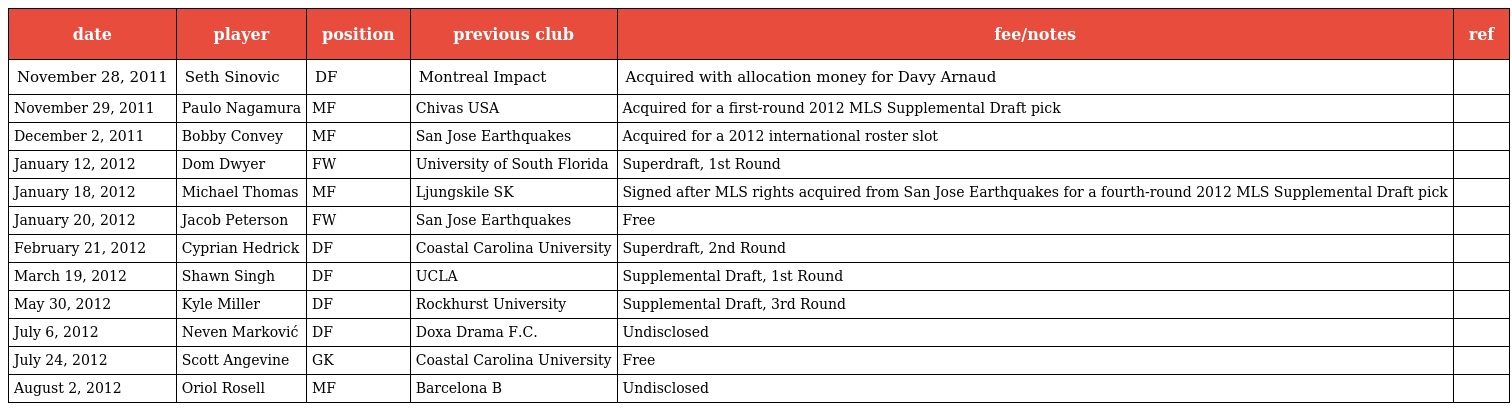
| date | player | position | previous club | fee/notes | ref |
 | --- | --- | --- | --- | --- | --- |
 | November 28, 2011 | Seth Sinovic | DF | Montreal Impact | Acquired with allocation money for Davy Arnaud |  |
 | November 29, 2011 | Paulo Nagamura | MF | Chivas USA | Acquired for a first-round 2012 MLS Supplemental Draft pick |  |
 | December 2, 2011 | Bobby Convey | MF | San Jose Earthquakes | Acquired for a 2012 international roster slot |  |
 | January 12, 2012 | Dom Dwyer | FW | University of South Florida | Superdraft, 1st Round |  |
 | January 18, 2012 | Michael Thomas | MF | Ljungskile SK | Signed after MLS rights acquired from San Jose Earthquakes for a fourth-round 2012 MLS Supplemental Draft pick |  |
 | January 20, 2012 | Jacob Peterson | FW | San Jose Earthquakes | Free |  |
 | February 21, 2012 | Cyprian Hedrick | DF | Coastal Carolina University | Superdraft, 2nd Round |  |
 | March 19, 2012 | Shawn Singh | DF | UCLA | Supplemental Draft, 1st Round |  |
 | May 30, 2012 | Kyle Miller | DF | Rockhurst University | Supplemental Draft, 3rd Round |  |
 | July 6, 2012 | Neven Marković | DF | Doxa Drama F.C. | Undisclosed |  |
 | July 24, 2012 | Scott Angevine | GK | Coastal Carolina University | Free |  |
 | August 2, 2012 | Oriol Rosell | MF | Barcelona B | Undisclosed |  |